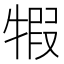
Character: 犌